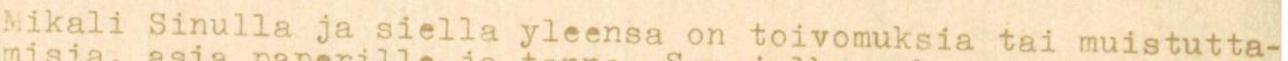
Mikali Sinulla ja siella yleensa on toivomuksia tai muistutta-